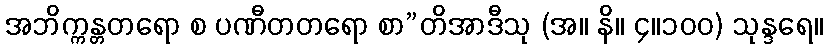
အဘိက္ကန္တတရော စ ပဏီတတရော စာ”တိအာဒီသု (အ။ နိ။ ၄။၁၀၀) သုန္ဒရေ။